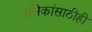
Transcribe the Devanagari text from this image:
रसिकांसाठीही